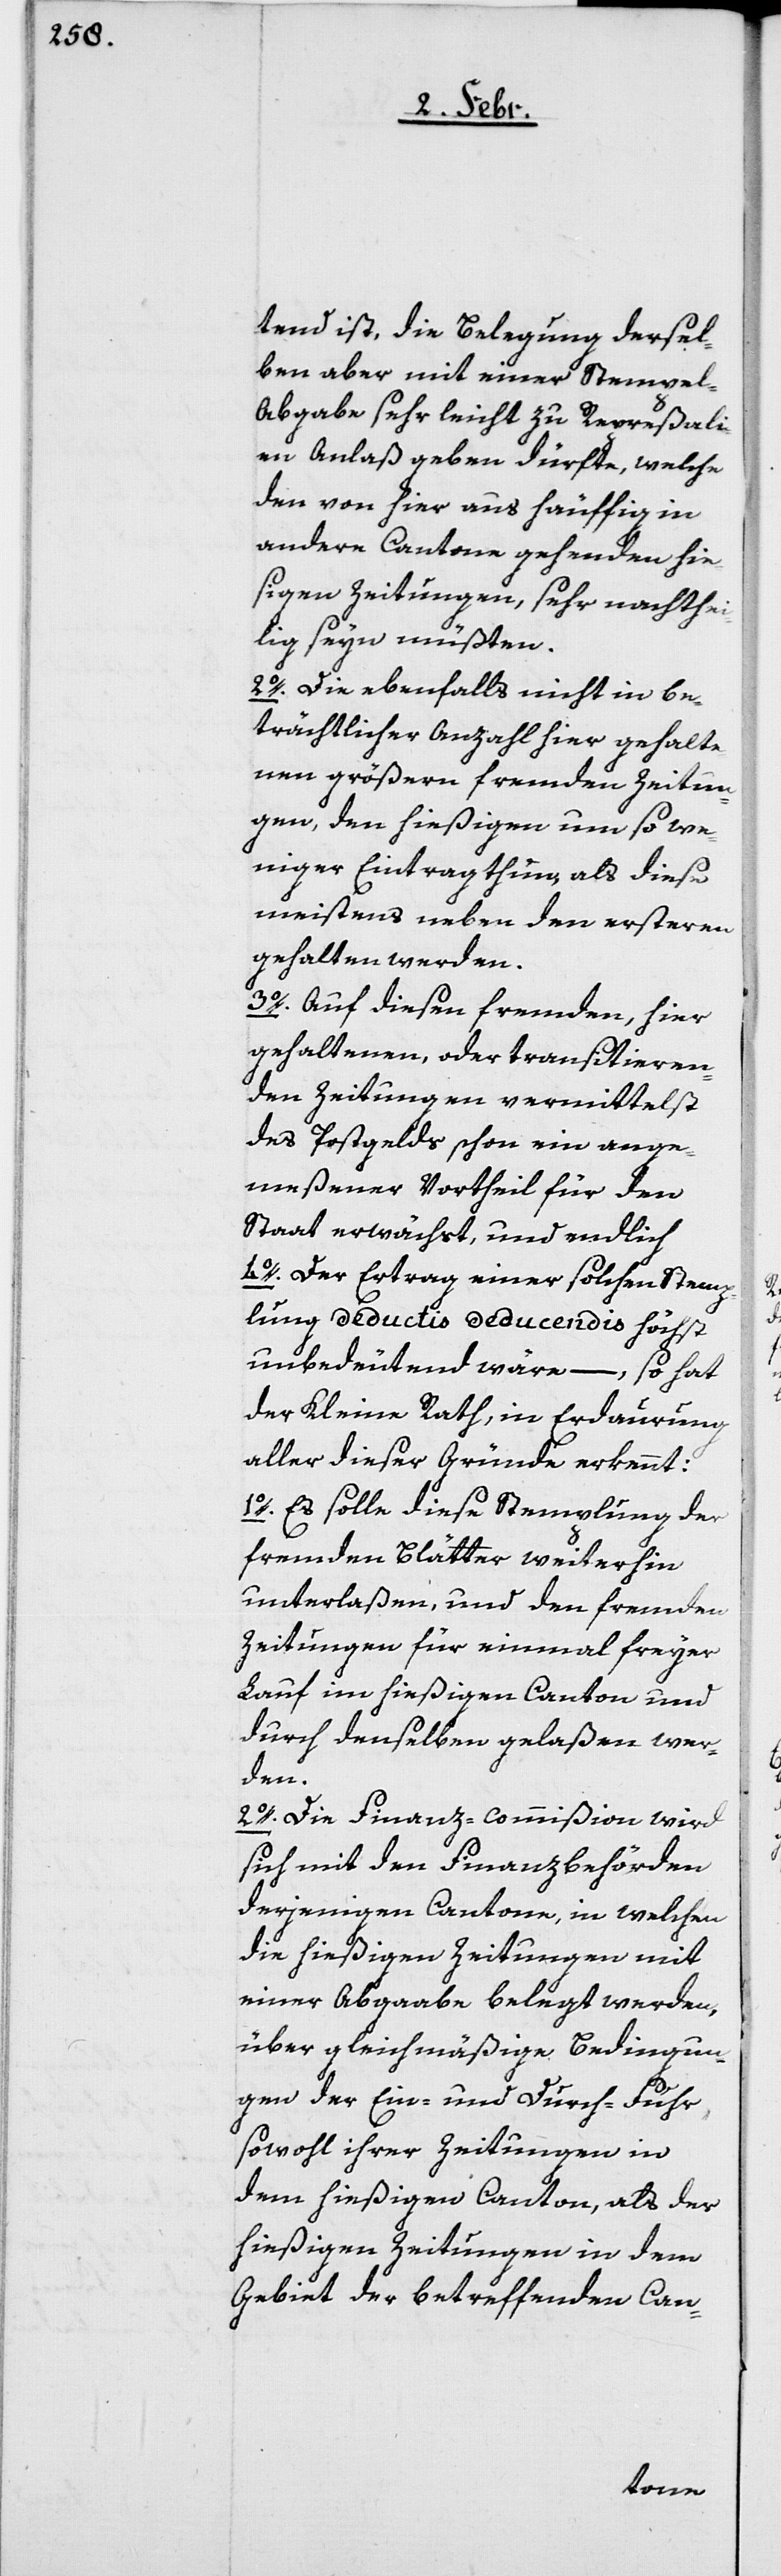
tend ist, die Belegung dersel¬
ben aber mit einer Stempel-A¬
bgabe sehr leicht zu Repreßali¬
en Anlaß geben dürfte, welche
den von hier aus häuffig in
andere Cantone gehenden hie¬
sigen Zeitungen, sehr nachthei¬
lig seyn müßten.
2o. Die ebenfalls nicht in be¬
trächtlicher Anzahl hier gehalte¬
nen größern fremden Zeitun¬
gen, den hießigen um so we¬
niger Eintrag thun, als diese
meistens neben den Ersteren
gehalten werden.
3o. Auf diesen fremden, hier
gehaltenen oder transitieren¬
den Zeitungen vermittelst
des Postgelds schon ein ange¬
meßener Vortheil für den
Staat erwächst, und endlich
4o. der Ertrag einer solchen Stemp¬
lung deductis deducendis höchst
unbedeutend wäre, – so hat
der Kleine Rath, in Erdaurung
aller dieser Gründe erkennt:
1o.) Es solle diese Stemplung der
fremden Blätter weiterhin
unterlaßen, und den fremden
Zeitungen für einmal freyer
Lauf im hießigen Canton und
durch denselben gelaßen wer¬
den.
2o.) Die Finanz-commißion wird
sich mit den Finanzbehörden
derjenigen Cantone, in welchen
die hießigen Zeitungen mit
einer Abgaabe belegt werden,
über gleichmäßige Bedingun¬
gen der Ein- und Durch-Fuhr
sowohl ihrer Zeitungen in
dem hießigen Canton, als der
hießigen Zeitungen in dem
Gebiet der betreffenden Can-